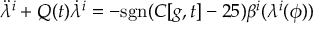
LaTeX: { \ddot { \lambda } } ^ { i } + Q ( t ) { \dot { \lambda } } ^ { i } = - \mathrm { s g n } ( C [ g , t ] - 2 5 ) \beta ^ { i } ( \lambda ^ { i } ( \phi ) )